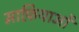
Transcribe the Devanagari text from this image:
माफ़ियाओं